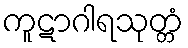
ကူဋာဂါရသုတ္တံ